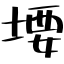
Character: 㙘